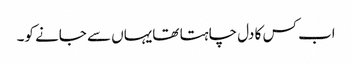
اب کس کا دل چاہتا تھایہاں سے جانے کو۔